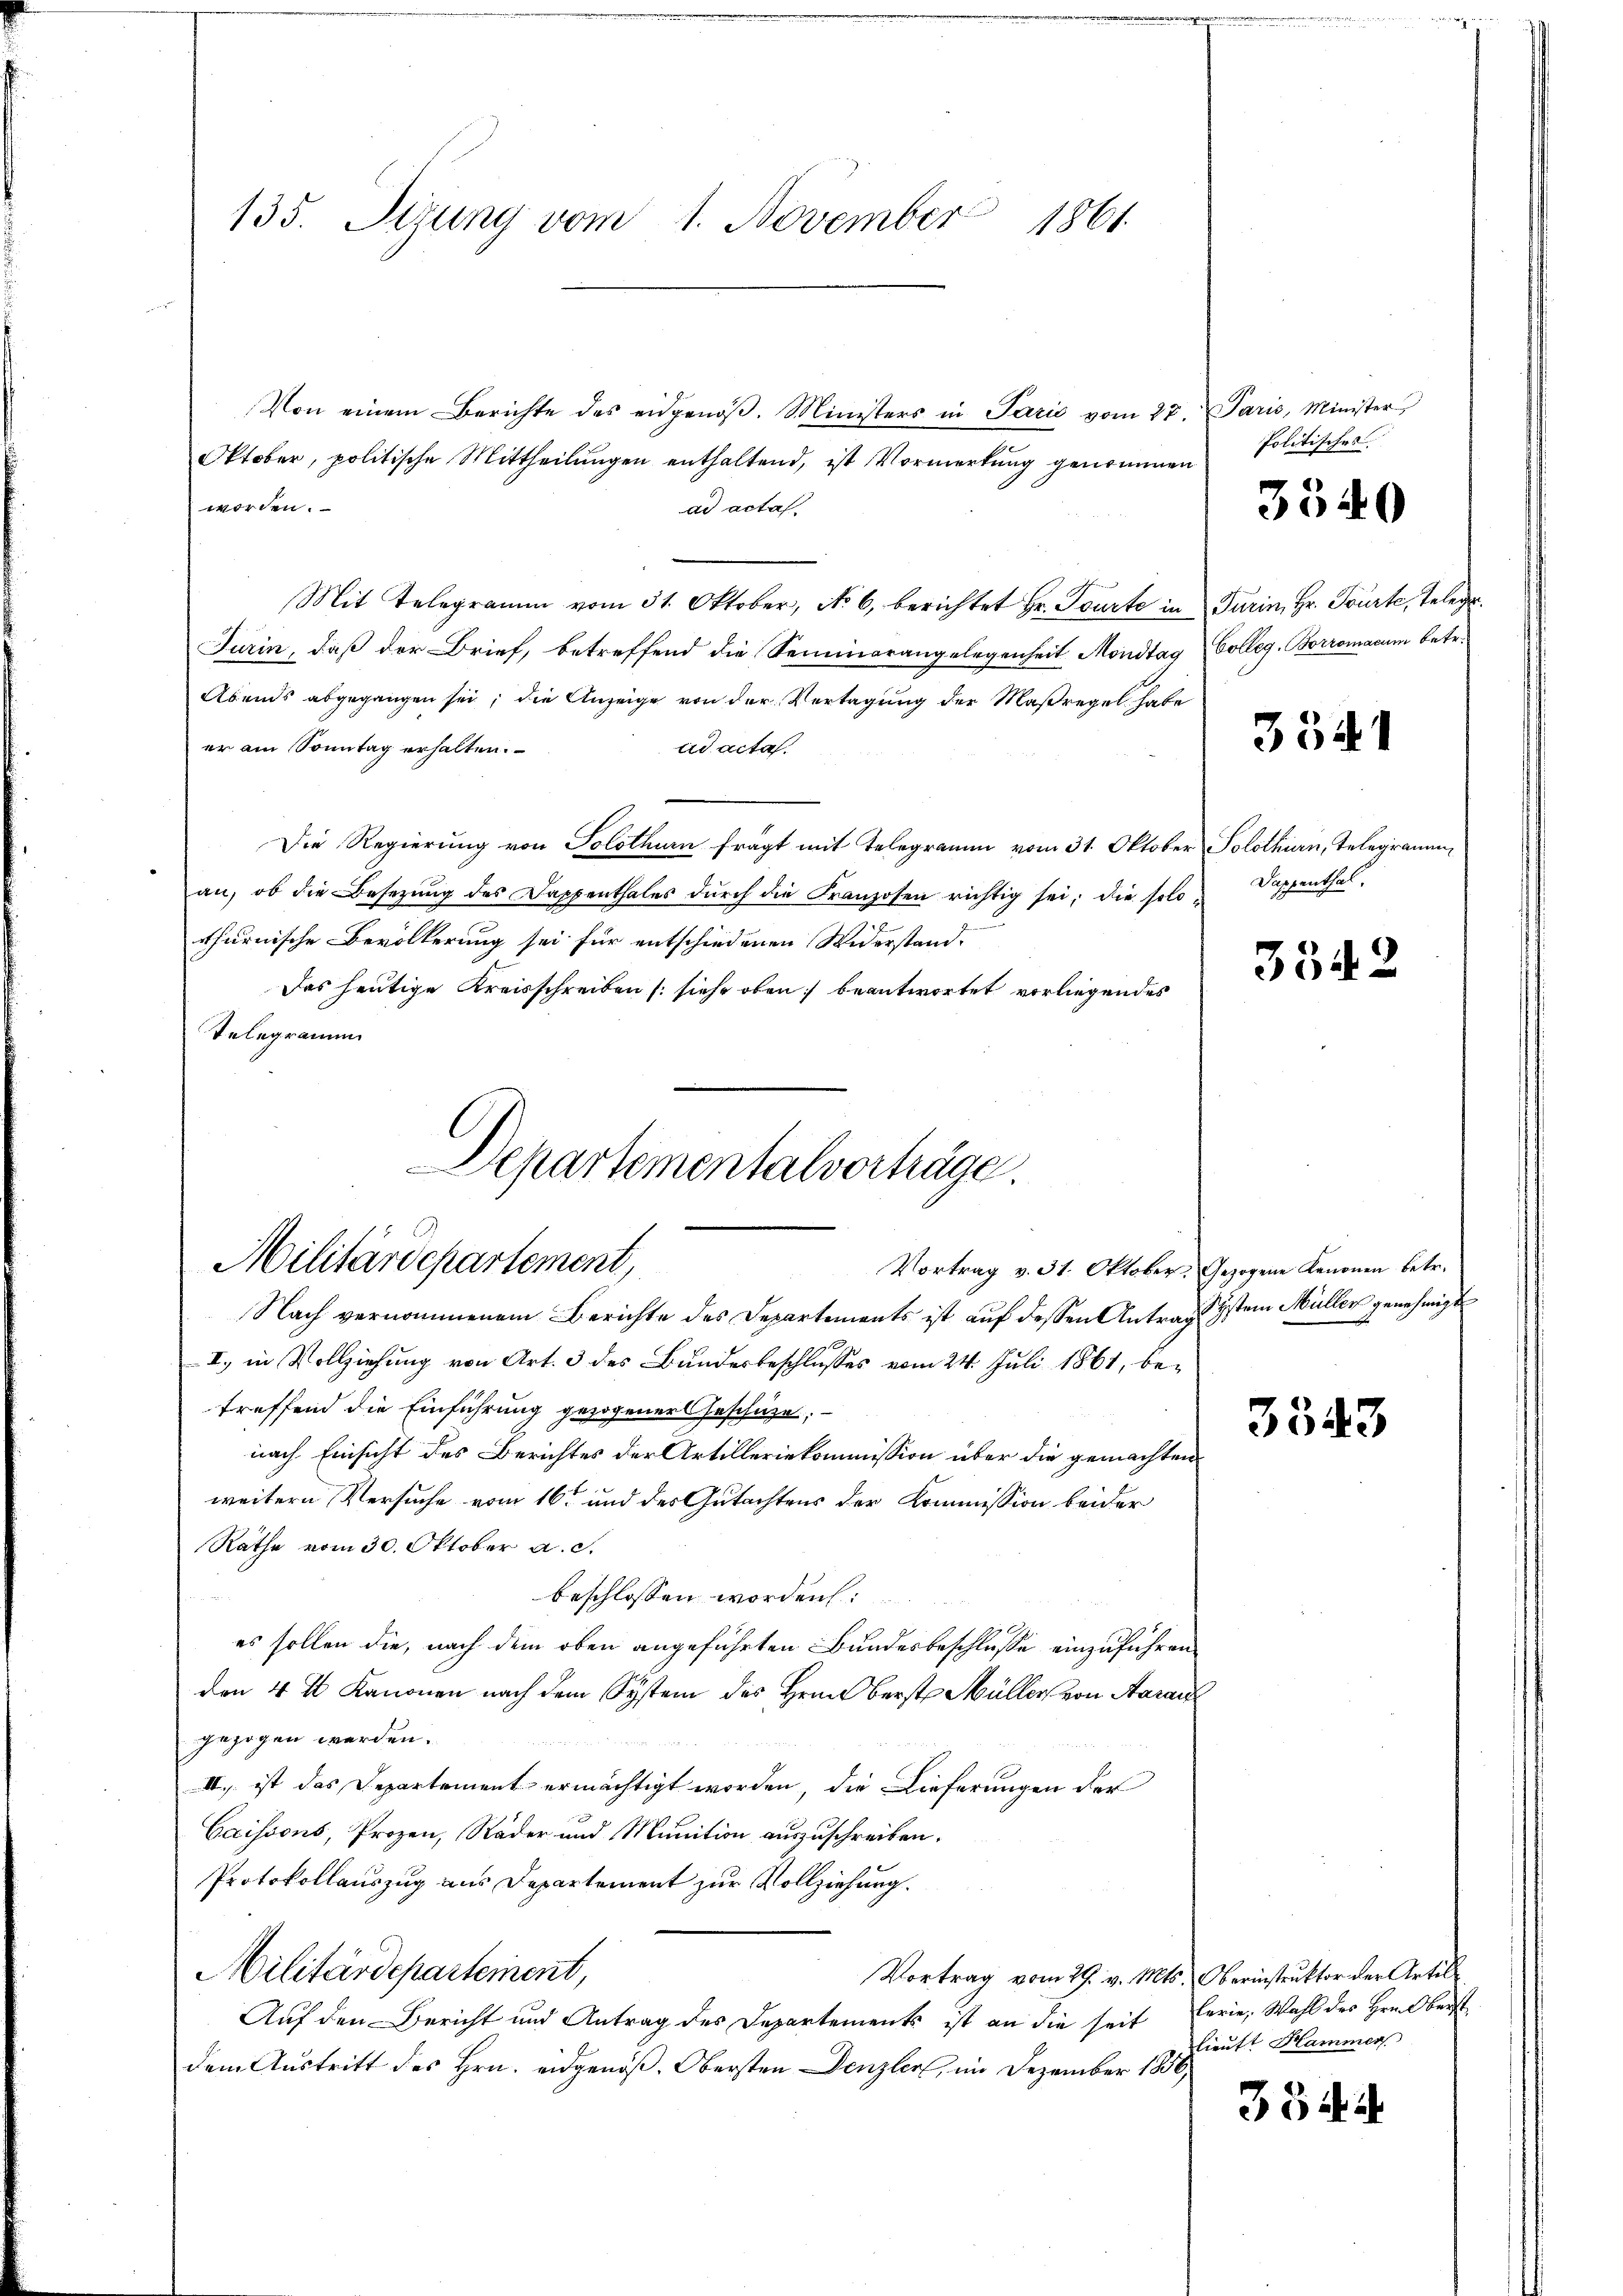
Von einem Berichte des eidgenöβ. Ministers in Parić vom 27. Paris, Minister
Oktober, politische Mittheilungen enthaltend, ist Vormerkung genommen
worden.
ad acta
Mit Telegramm vom 31. Oktober, No. 6. berichtet Hr. Tourte in Turin, Hr. Tourte, Telege
Jurin, daß der Brief, betreffend die Seminorangelegenheit Mondtag (Colleg. Borromacum betr.
Abends abgegangen sei; die Anzeige von der Vertagung der Maßregel habe
er am Sonntag erhalten.
ad acta.
Die Regierung von Solothurn frägt mit Telegramm vom 31. Oktober Solothurn, Telegramman, ob die Besetzung des Dappenthales dŭrch die Franzosen richtig sei, die solo¬
.
rthurnische Bevölkerung sei für entschiedenen Widerstand.
Das heutige Kreisschreiben (siehe oben beantwortet vorliegendes
Telegramm
Departementalverträge.

135. Sizung vom 1. November 1861

Militärdepartement,
Vortrag v. 31. Oktober. Gezogene Kanonen betr.
Nach vernommenem Berichte des Departements ist auf dessen Antragstem Müller genehmigt

I., in Vollziehung von Art. 3 des Bundesbeschlusses vom 24. Juli 1861, be-
treffend die Einführung gezogener Geschüze;
nach Einsicht des Berichtes der Artilleriekommission über die gemachten
weitern Versuche vom 16te und des Gutachtens der Kommission beider
Räthe vom 30. Oktober a. c.
beschlossen worden
es sollen die, nach dem oben angeführten Bundesbeschlusse einzuführen.
den 4 t Kanonen nach dem System des Hrnn Berst Müller von Aarau
gezogen werden.
II. ist das Departement ermächtigt worden, die Lieferungen der
Caissous, Prozen, Räder und Munition auszuschreiben.
Protokollauszug aus Departement zur Vollziehung.
Militärdepartement,
Vortrag vom 29. v. Mts. Oberinstruktor der Artil
Auf den Bericht und Antrag des Departements ist an die seit
dem Austritt des Hrn. eidgenöß. Obersten Denzler, im Dezember 1856,

Politisches

3540

3341

Dappenthal.

3542

3543

lerie, Wahl des Hrn. Oberst
lieuft Hammer

35 d. d.